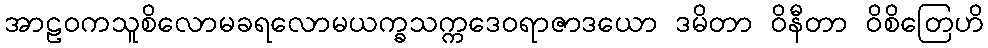
အာဠဝကသူစိလောမခရလောမယက္ခသက္ကဒေဝရာဇာဒယော ဒမိတာ ဝိနီတာ ဝိစိတြေဟိ